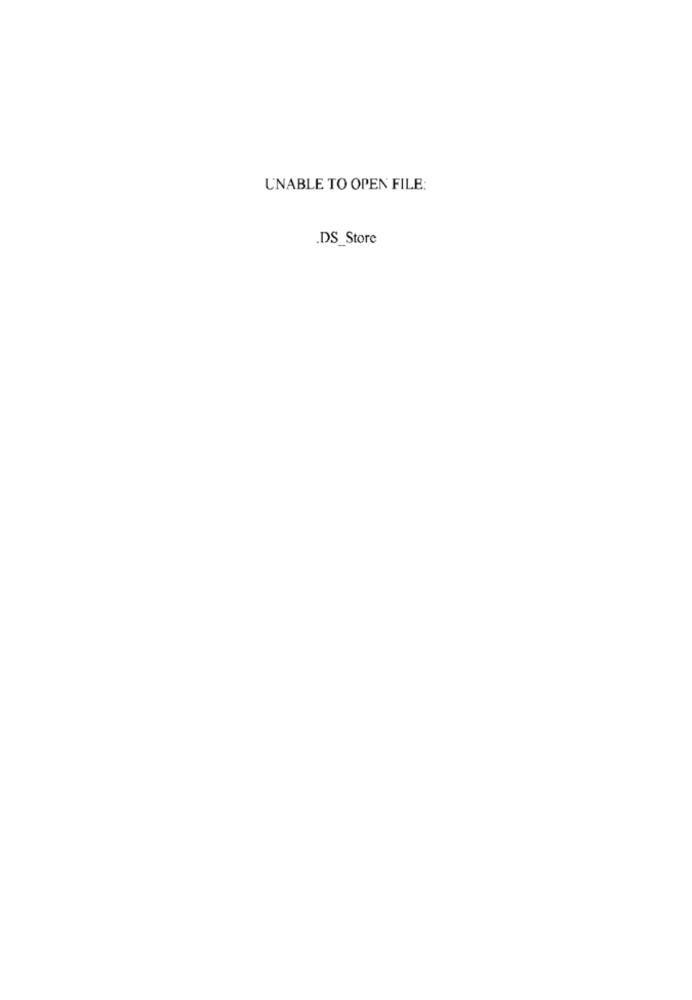
UNABLE TO OPEN FILE:
.DS_Store